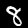
Label: 8